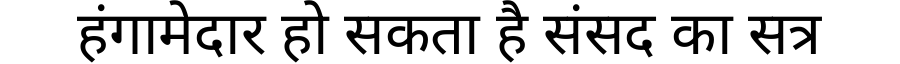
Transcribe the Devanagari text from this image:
हंगामेदार हो सकता है संसद का सत्र